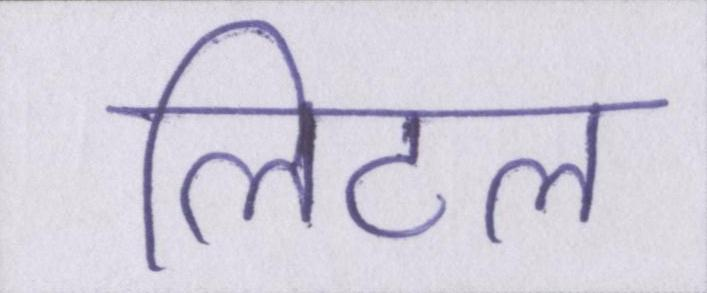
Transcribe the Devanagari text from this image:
लिटल